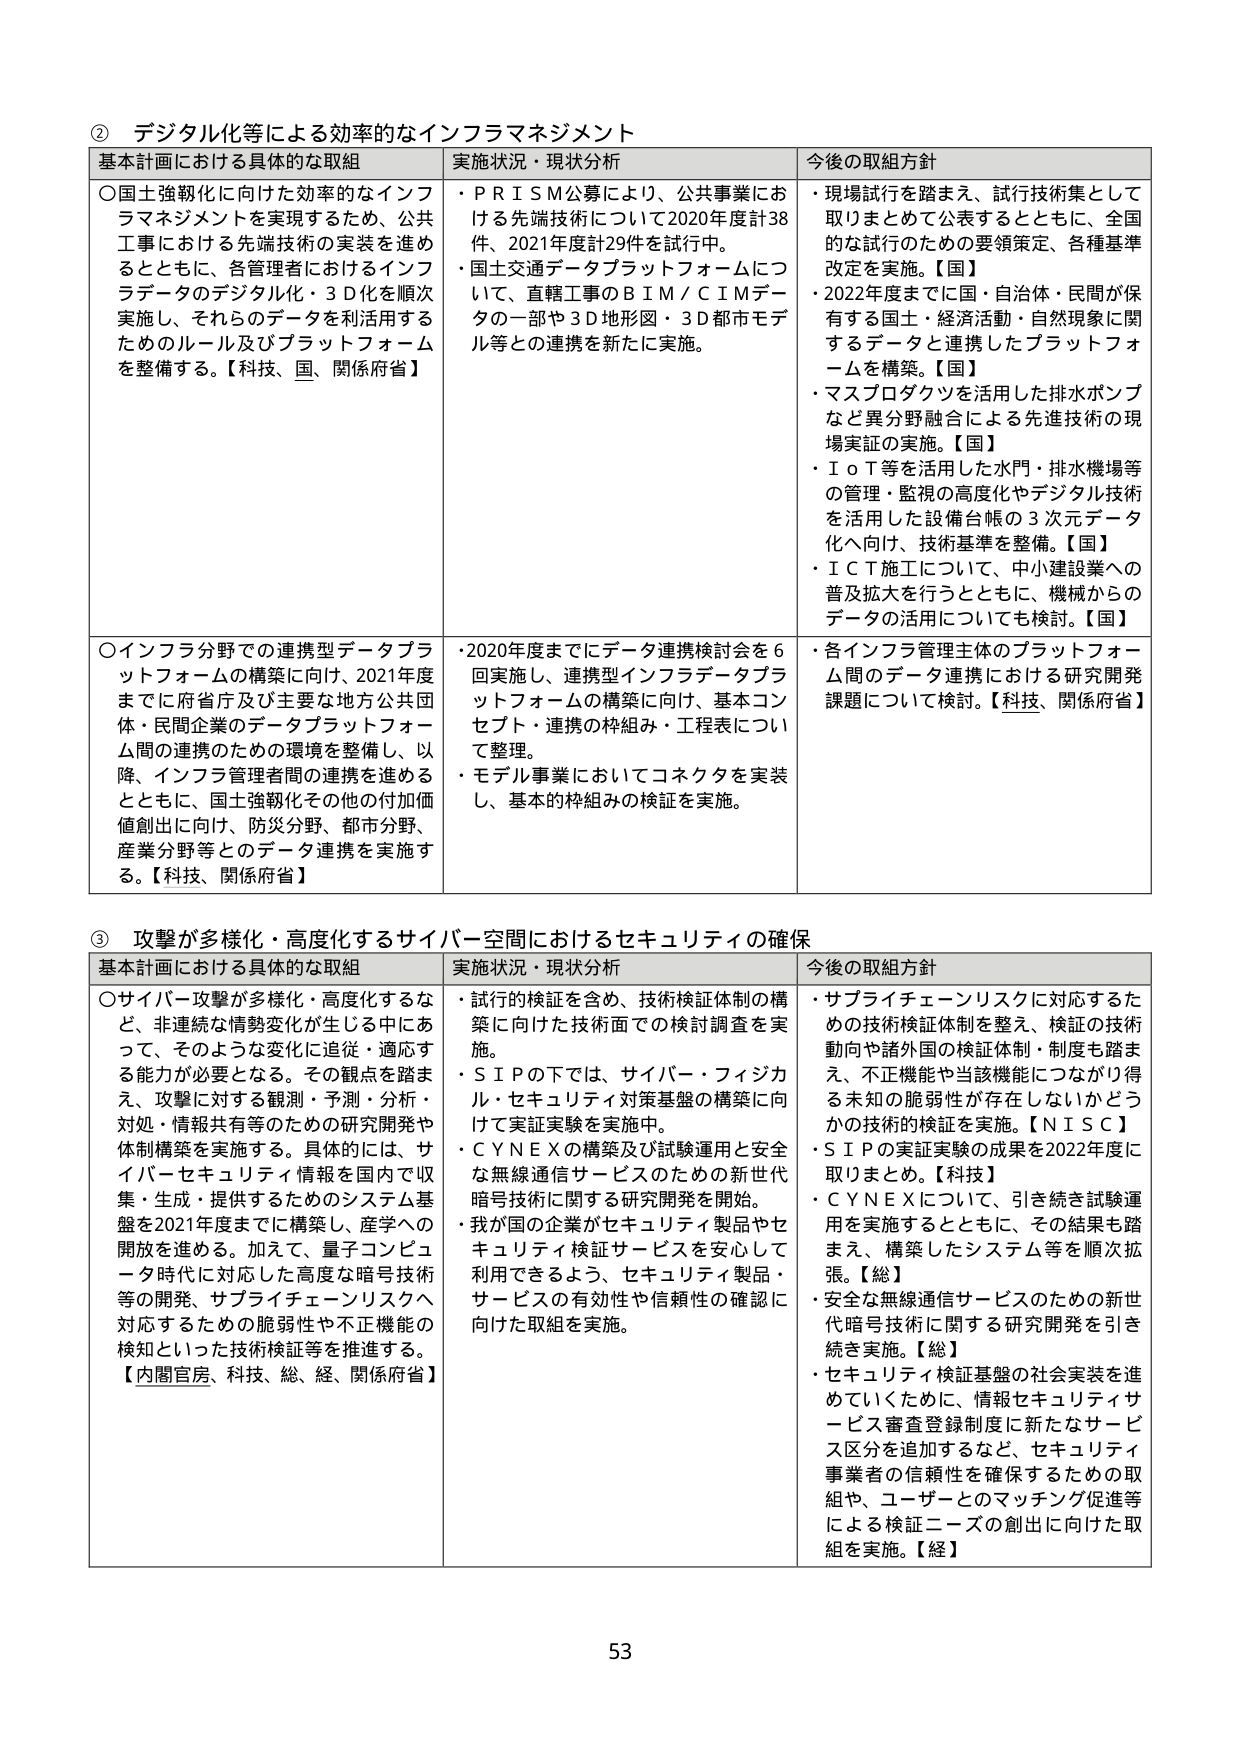
② デジタル化等による効率的なインフラマネジメント
基本計画における具体的な取組 実施状況・現状分析 今後の取組方針
○国土強靱化に向けた効率的なインフラマネジメントを実現するため、公共工事における先端技術の実装を進めるとともに、各管理者におけるインフラデータのデジタル化・3D化を順次実施し、それらのデータを利活用するためのルール及びプラットフォームを整備する。【科技、国、関係府省】
・ＰＲＩＳＭ公募により、公共事業における先端技術について2020年度計38件、2021年度計29件を試行中。
・国土交通データプラットフォームについて、直轄工事のＢＩＭ／ＣＩＭデータの一部や3D地形図・3D都市モデル等との連携を新たに実施。
・現場試行を踏まえ、試行技術集として取りまとめて公表するとともに、全国的な試行のための要領策定、各種基準改定を実施。【国】
・2022年度までに国・自治体・民間が保有する国土・経済活動・自然現象に関するデータと連携したプラットフォームを構築。【国】
・マスプロダクツを活用した排水ポンプなど異分野融合による先進技術の現場実証の実施。【国】
・ＩｏＴ等を活用した水門・排水機場等の管理・監視の高度化やデジタル技術を活用した設備台帳の3次元データ化へ向け、技術基準を整備。【国】
・ＩＣＴ施工について、中小建設業への普及拡大を行うとともに、機械からのデータの活用についても検討。【国】
○インフラ分野での連携型データプラットフォームの構築に向け、2021年度までに府省庁及び主要な地方公共団体・民間企業のデータプラットフォーム間の連携のための環境を整備し、以降、インフラ管理者間の連携を進めるとともに、国土強靱化その他の付加価値創出に向け、防災分野、都市分野、産業分野等とのデータ連携を実施する。【科技、関係府省】
・2020年度までにデータ連携検討会を6回実施し、連携型インフラデータプラットフォームの構築に向け、基本コンセプト・連携の枠組み・工程表について整理。
・モデル事業においてコネクタを実装し、基本的枠組みの検証を実施。
・各インフラ管理主体のプラットフォーム間のデータ連携における研究開発課題について検討。【科技、関係府省】

③ 攻撃が多様化・高度化するサイバー空間におけるセキュリティの確保
基本計画における具体的な取組 実施状況・現状分析 今後の取組方針
○サイバー攻撃が多様化・高度化するなど、非連続な情勢変化が生じる中において、そのような変化に追従・適応する能力が必要となる。その観点を踏まえ、攻撃に対する観測・予測・分析・対処・情報共有等のための研究開発や体制構築を実施する。具体的には、サイバーセキュリティ情報を国内で収集・生成・提供するためのシステム基盤を2021年度までに構築し、産学への開放を進める。加えて、量子コンピュータ時代に対応した高度な暗号技術等の開発、サプライチェーンリスクへ対応するための脆弱性や不正機能の検知といった技術検証等を推進する。【内閣官房、科技、総、経、関係府省】
・試行の検証を含め、技術検証体制の構築に向けた技術面での検討調査を実施。
・ＳＩＰの下では、サイバー・フィジカル・セキュリティ対策基盤の構築に向けて実証実験を実施中。
・ＣＹＮＥＸの構築及び試験運用と安全な無線通信サービスのための新世代暗号技術に関する研究開発を開始。
・我が国の企業がセキュリティ製品やセキュリティ検証サービスを安心して利用できるよう、セキュリティ製品・サービスの有効性や信頼性の確認に向けた取組を実施。
・サプライチェーンリスクに対応するための技術検証体制を整え、検証の技術動向や諸外国の検証体制・制度も踏まえ、不正機能や当該機能につながり得る未知の脆弱性が存在しないかどうかの技術的検証を実施。【ＮＩＳＣ】
・ＳＩＰの実証実験の成果を2022年度に取りまとめ。【科技】
・ＣＹＮＥＸについて、引き続き試験運用を実施するとともに、その結果も踏まえ、構築したシステム等を順次拡張。【総】
・安全な無線通信サービスのための新世代暗号技術に関する研究開発を引き続き実施。【総】
・セキュリティ検証基盤の社会実装を進めていくために、情報セキュリティサービス審査登録制度に新たなサービス区分を追加するなど、セキュリティ事業者の信頼性を確保するための取組や、ユーザーとのマッチング促進等による検証ニーズの創出に向けた取組を実施。【経】

53